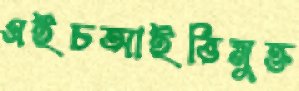
এইচআইভিমুক্ত